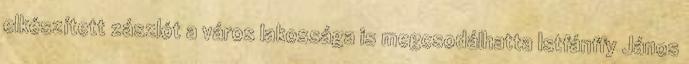
elkészített zászlót a város lakossága is megcsodálhatta Istfánffy János